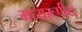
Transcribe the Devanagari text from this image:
मध्यरूपीय